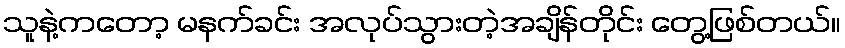
သူနဲ့ကတော့ မနက်ခင်း အလုပ်သွားတဲ့အချိန်တိုင်း တွေ့ဖြစ်တယ်။